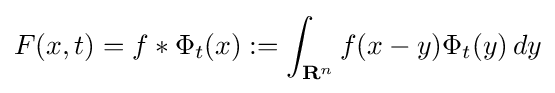
F(x,t)=f\ast \Phi _{t}(x):=\int _{\mathbf {R} ^{n}}f(x-y)\Phi _{t}(y)\,dy